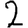
Digit: 2